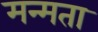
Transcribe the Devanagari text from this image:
मन्मता